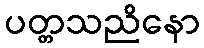
ပတ္တသညိနော